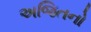
અજિતનો